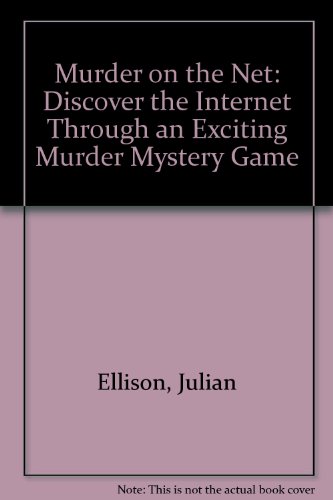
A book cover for Murder on the Net: Discover the Internet Through an Exciting Murder Mystery Game; Julian Ellison; Computers & Technology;